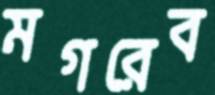
মগরেব